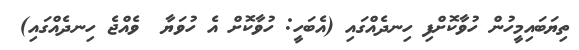
ތިޔަބައިމީހުން ހުވާކޮށްފި ހިނދެއްގައި (އެބަހީ: ހުވާކޮށް އެ ހުވަޔާ  ވެއްޖެ ހިނދެއްގައި)